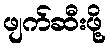
ဖျက်ဆီးဖို့